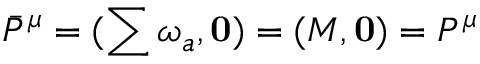
\bar { P } ^ { \mu } = ( \sum \omega _ { a } , { \bf 0 } ) = ( M , { \bf 0 } ) = P ^ { \mu }